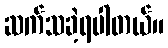
ဆက်သခဲ့ရပါတယ်။